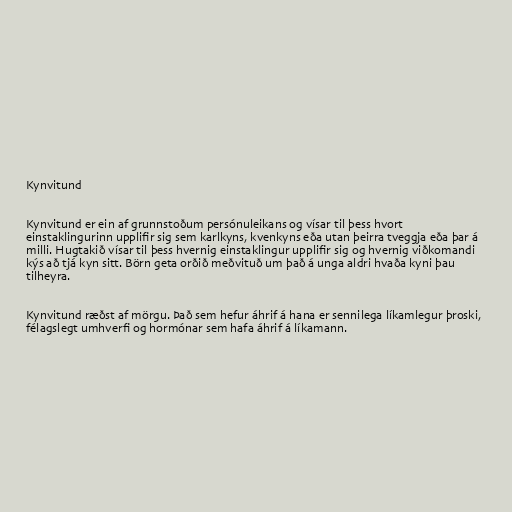
Kynvitund

Kynvitund er ein af grunnstoðum persónuleikans og vísar til þess hvort
einstaklingurinn upplifir sig sem karlkyns, kvenkyns eða utan þeirra tveggja eða þar á
milli. Hugtakið vísar til þess hvernig einstaklingur upplifir sig og hvernig viðkomandi
kýs að tjá kyn sitt. Börn geta orðið meðvituð um það á unga aldri hvaða kyni þau
tilheyra.

Kynvitund ræðst af mörgu. Það sem hefur áhrif á hana er sennilega líkamlegur þroski,
félagslegt umhverfi og hormónar sem hafa áhrif á líkamann.